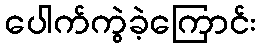
ပေါက်ကွဲခဲ့ကြောင်း